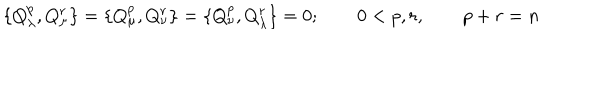
LaTeX: \{ Q _ { \lambda } ^ { p } , Q _ { \mu } ^ { r } \} = \{ Q _ { \mu } ^ { p } , Q _ { \nu } ^ { r } \} = \{ Q _ { \nu } ^ { p } , Q _ { \lambda } ^ { r } \} = 0 ; \qquad 0 < p , r , \qquad p + r = n